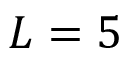
L = 5